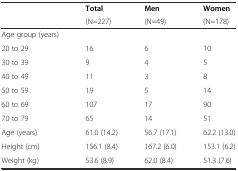
| <ROWSPAN=2>  | Total | Men | Women |
 | (N=227) | (N=49) | (N=178) |
 | --- | --- | --- | --- |
 | Age group (years) |  |  |  |
 | 20 to 29 | 16 | 6 | 10 |
 | 30 to 39 | 9 | 4 | 5 |
 | 40 to 49 | 11 | 3 | 8 |
 | 50 to 59 | 19 | 5 | 14 |
 | 60 to 69 | 107 | 17 | 90 |
 | 70 to 79 | 65 | 14 | 51 |
 | Age (years) | 61.0 (14.2) | 56.7 (17.1) | 62.2 (13.0) |
 | Height (cm) | 156.1 (8.4) | 167.2 (6.0) | 153.1 (6.2) |
 | Weight (kg) | 53.6 (8.9) | 62.0 (8.4) | 51.3 (7.6) |